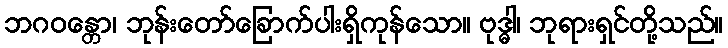
ဘဂဝန္တော၊ ဘုန်းတော်ခြောက်ပါးရှိကုန်သော။ ဗုဒ္ဓါ၊ ဘုရားရှင်တို့သည်။